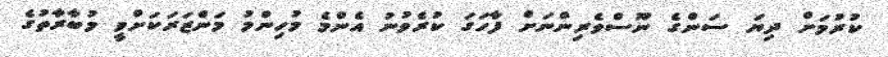
ކުރުމަށް ދިޔަ ސަންގެ ނޫސްވެރިންނަށް ފާހަގަ ކުރެވުނު އެންމެ މުހިންމު މަންޒަރަކަށްވީ މުބާރާތުގެ